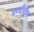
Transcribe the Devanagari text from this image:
मण्डीद्वीप